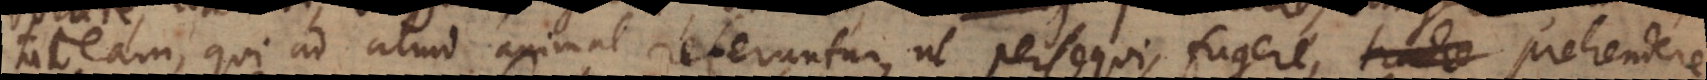
taceam, qui ad aliud animal referuntur, ut persequi, fugere, trahe